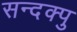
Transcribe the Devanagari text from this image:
सन्दक्पु